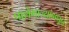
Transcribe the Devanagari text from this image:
पालेभाज्यांमधून